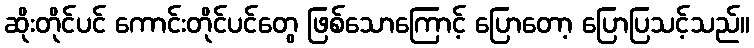
ဆိုးတိုင်ပင် ကောင်းတိုင်ပင်တွေ ဖြစ်သောကြောင့် ပြောတော့ ပြောပြသင့်သည်။